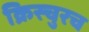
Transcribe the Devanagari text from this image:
क्रिस्चुरच